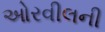
ઓરવીલની